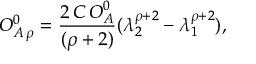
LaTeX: { \cal O } _ { A \, \rho } ^ { 0 } = \frac { 2 \, C \, { \cal O } _ { A } ^ { 0 } } { ( \rho + 2 ) } ( \lambda _ { 2 } ^ { \rho + 2 } - \lambda _ { 1 } ^ { \rho + 2 } ) ,